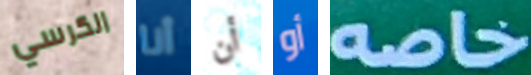
الكرسي أنا أن أو خاصه